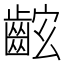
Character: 𪘋